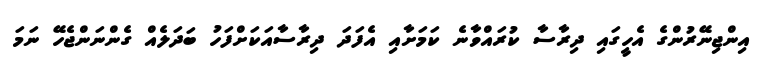
އިންޖިނޭރުންގެ އެހީގައި ދިރާސާ ކުރައްވާނެ ކަމަށާއި އެފަދަ ދިރާސާއަކަށްފަހު ބަދަލެއް ގެންނަންޖެހޭ ނަމަ